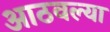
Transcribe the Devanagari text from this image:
आठवल्या